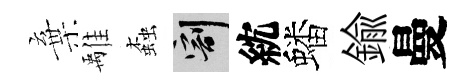
棄𩀌螙割紞蟠鍮曼